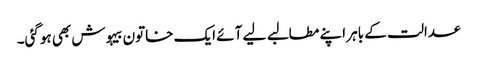
عدالت کے باہر اپنے مطالبے لیے آئے ایک خاتون بیہوش بھی ہوگئی۔